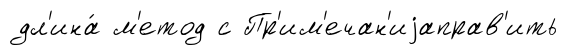
дл'ина́ м'етод с Пр'им'ечан'иjаправ'ить